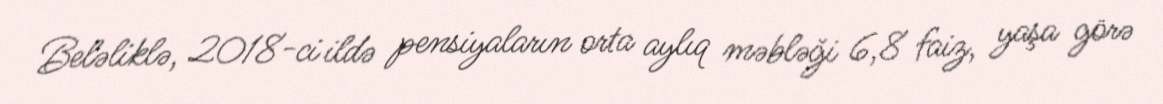
Beləliklə, 2018-ci ildə pensiyaların orta aylıq məbləği 6,8 faiz, yaşa görə